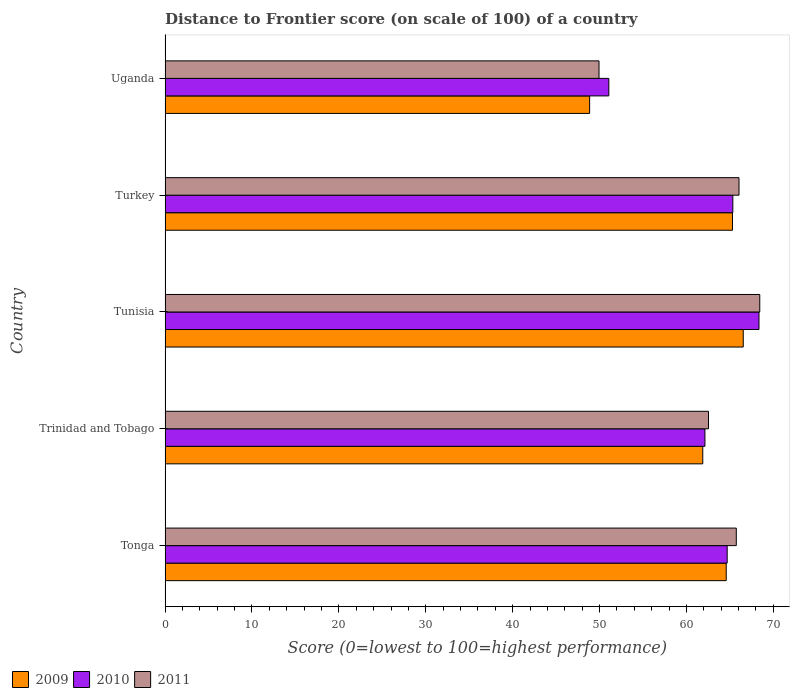
| Country | 2009 | 2010 | 2011 |
 | --- | --- | --- | --- |
 | Tonga | 64.6 | 64.7 | 65.7 |
 | Trinidad and Tobago | 61.9 | 62.1 | 62.5 |
 | Tunisia | 66.5 | 68.3 | 68.4 |
 | Turkey | 65.3 | 65.3 | 66 |
 | Uganda | 48.9 | 51.1 | 49.9 |